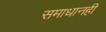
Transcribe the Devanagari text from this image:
समाधानही